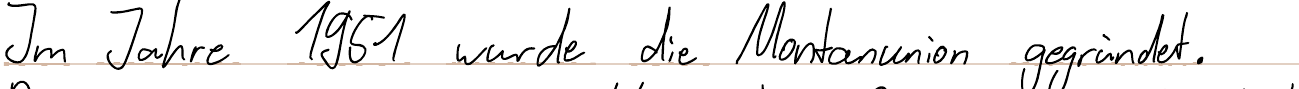
Im Jahre 1951 wurde die Montanunion gegründet.